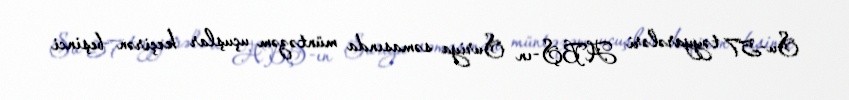
Su-57 təyyarələri ABŞ-ın Suriya səmasında müntəzəm uçuşlar keçirən beşinci